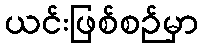
ယင်းဖြစ်စဉ်မှာ